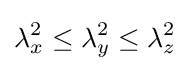
\lambda _{x}^{2}\leq \lambda _{y}^{2}\leq \lambda _{z}^{2}